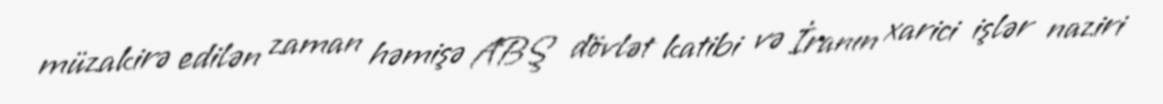
müzakirə edilən zaman həmişə ABŞ dövlət katibi və İranın xarici işlər naziri